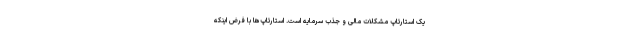
یک استارتاپ مشکلات مالی و جذب سرمایه است. استارتاپ‌ها با فرض اینکه